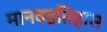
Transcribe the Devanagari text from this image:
मानवइतिहास